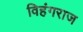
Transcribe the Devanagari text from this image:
विहंगराज